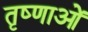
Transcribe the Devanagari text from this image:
तृष्णाओं